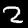
Label: 2